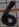
Text: 6